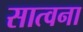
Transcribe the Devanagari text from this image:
सात्वना